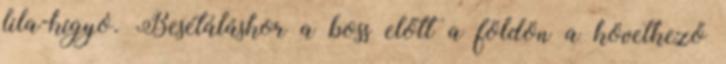
lila-kígyó. Besétáláskor a boss előtt a földön a következő